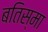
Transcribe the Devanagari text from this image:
बतिस्मा